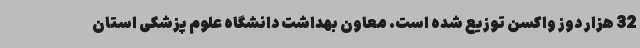
32 هزار دوز واکسن توزیع شده است. معاون بهداشت دانشگاه علوم پزشکی استان